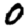
Digit: 0